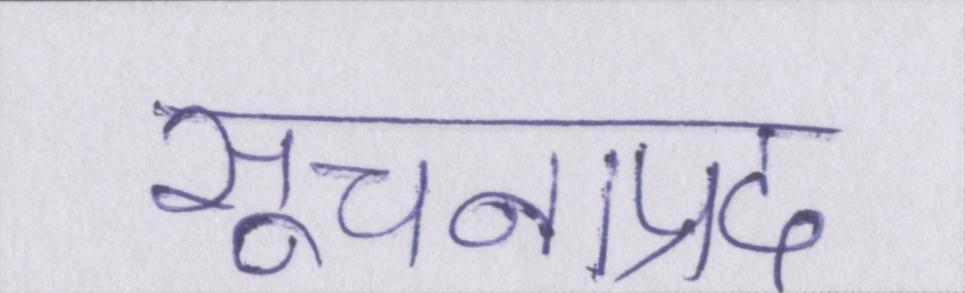
सूचनाप्रद